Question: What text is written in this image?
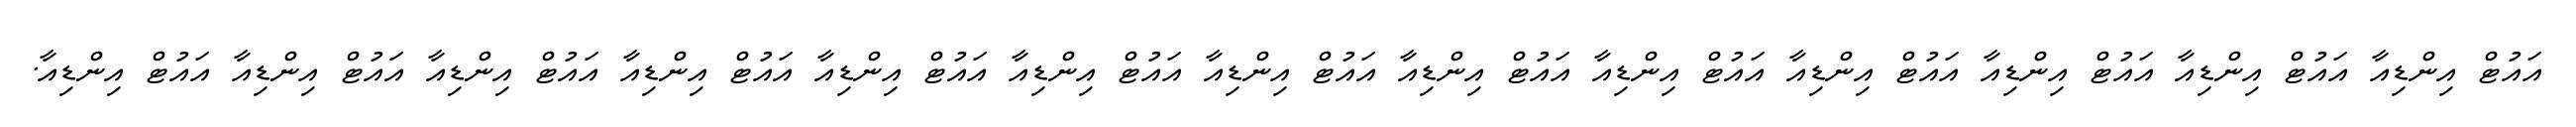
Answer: އައުޓް އިންޑިއާ އައުޓް އިންޑިއާ އައުޓް އިންޑިއާ އައުޓް އިންޑިއާ އައުޓް އިންޑިއާ އައުޓް އިންޑިއާ އައުޓް އިންޑިއާ އައުޓް އިންޑިއާ އައުޓް އިންޑިއާ އައުޓް އިންޑިއާ އައުޓް އިންޑިއާ އައުޓް އިންޑިއާ އައުޓް އިންޑިއާ.